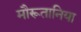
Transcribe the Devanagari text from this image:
मौरूतानिया